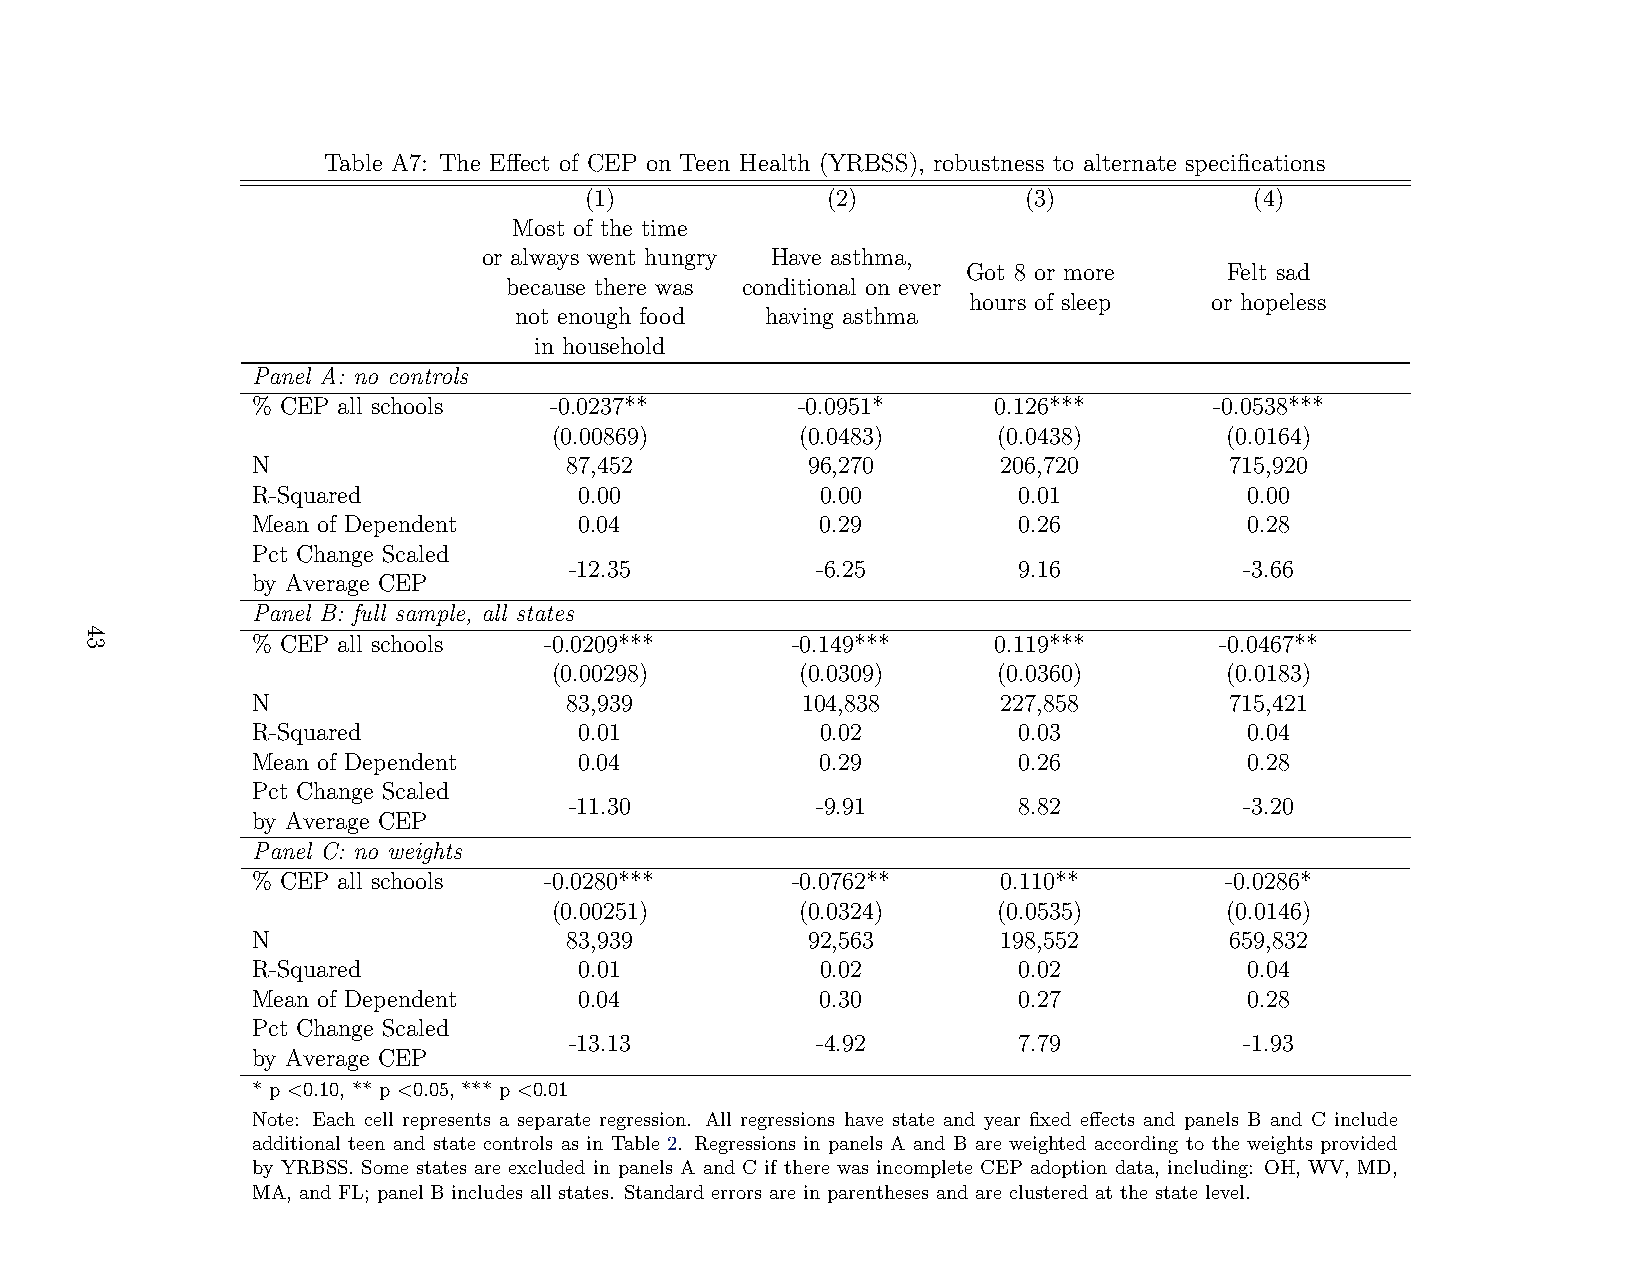
Table A7: The Effect of CEP on Teen Health (YRBSS), robustness to alternate specifications
 (1)             (2)          (3)            (4)
 Most of the time
 or always went hungry Have asthma,
 Got 8 or more    Felt sad
 because there was conditional on ever
 hours of sleep  or hopeless
 not enough food  having asthma
 in household
 Panel A: no controls
 % CEP all schools  -0.0237**        -0.0951*     0.126***      -0.0538***
 (0.00869)        (0.0483)     (0.0438)       (0.0164)
 N                    87,452          96,270      206,720        715,920
 R-Squared            0.00            0.00         0.01            0.00
 Mean of Dependent    0.04            0.29         0.26            0.28
 Pct Change Scaled
 -12.35          -6.25        9.16           -3.66
 by Average CEP
 Panel B: full sample, all states
 % CEP all schools  -0.0209***      -0.149***     0.119***       -0.0467**
 (0.00298)        (0.0309)     (0.0360)       (0.0183)
 N                    83,939         104,838      227,858        715,421
 R-Squared            0.01            0.02         0.03            0.04
 Mean of Dependent    0.04            0.29         0.26            0.28
 Pct Change Scaled
 -11.30          -9.91        8.82           -3.20
 by Average CEP
 Panel C: no weights
 % CEP all schools  -0.0280***      -0.0762**     0.110**        -0.0286*
 (0.00251)        (0.0324)     (0.0535)       (0.0146)
 N                    83,939          92,563      198,552        659,832
 R-Squared            0.01            0.02         0.02            0.04
 Mean of Dependent    0.04            0.30         0.27            0.28
 Pct Change Scaled
 -13.13          -4.92        7.79           -1.93
 by Average CEP
 * p <0.10, ** p <0.05, *** p <0.01
 Note: Each cell represents a separate regression. All regressions have state and year fixed effects and panels B and C include
 additional teen and state controls as in Table 2. Regressions in panels A and B are weighted according to the weights provided
 by YRBSS. Some states are excluded in panels A and C if there was incomplete CEP adoption data, including: OH, WV, MD,
 MA, and FL; panel B includes all states. Standard errors are in parentheses and are clustered at the state level.
 43